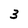
Character: 3